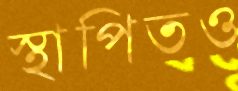
স্থাপিতও